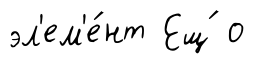
эл'ем'е́нт Ещ́ о